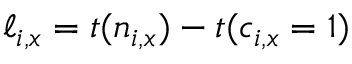
\ell _ { i , x } = t ( n _ { i , x } ) - t ( c _ { i , x } = 1 )